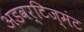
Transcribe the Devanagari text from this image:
अडवर्टिज्मंट